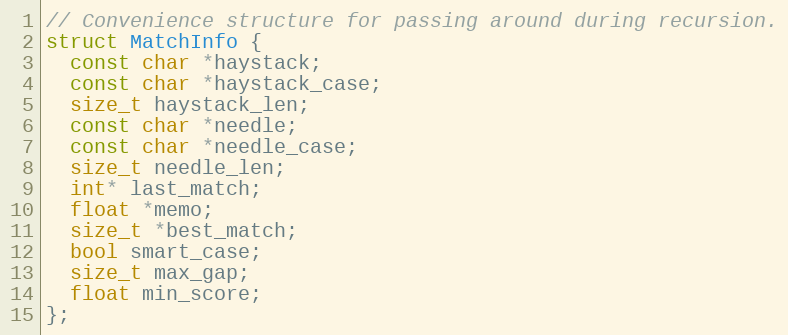
Language: C++
// Convenience structure for passing around during recursion.
struct MatchInfo {
  const char *haystack;
  const char *haystack_case;
  size_t haystack_len;
  const char *needle;
  const char *needle_case;
  size_t needle_len;
  int* last_match;
  float *memo;
  size_t *best_match;
  bool smart_case;
  size_t max_gap;
  float min_score;
};